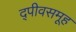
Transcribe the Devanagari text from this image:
द्पीवसमूह